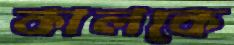
কালকে